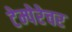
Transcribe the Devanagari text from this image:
टेम्पेरेचर